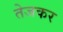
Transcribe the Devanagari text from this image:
तेजकर